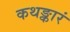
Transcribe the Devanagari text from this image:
कथङ्कारं